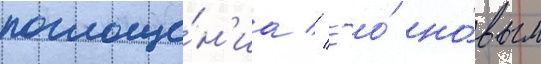
поглоще́н'иа // Ео́ но́вым